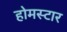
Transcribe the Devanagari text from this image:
होमस्टार